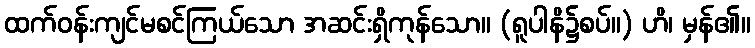
ထက်ဝန်းကျင်မစင်ကြယ်သော အဆင်းရှိကုန်သော။ (ရူပါနိ၌စပ်။) ဟိ၊ မှန်၏။